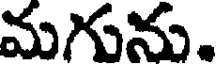
మగును.